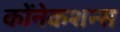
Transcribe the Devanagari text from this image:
कोंनेकशन्स